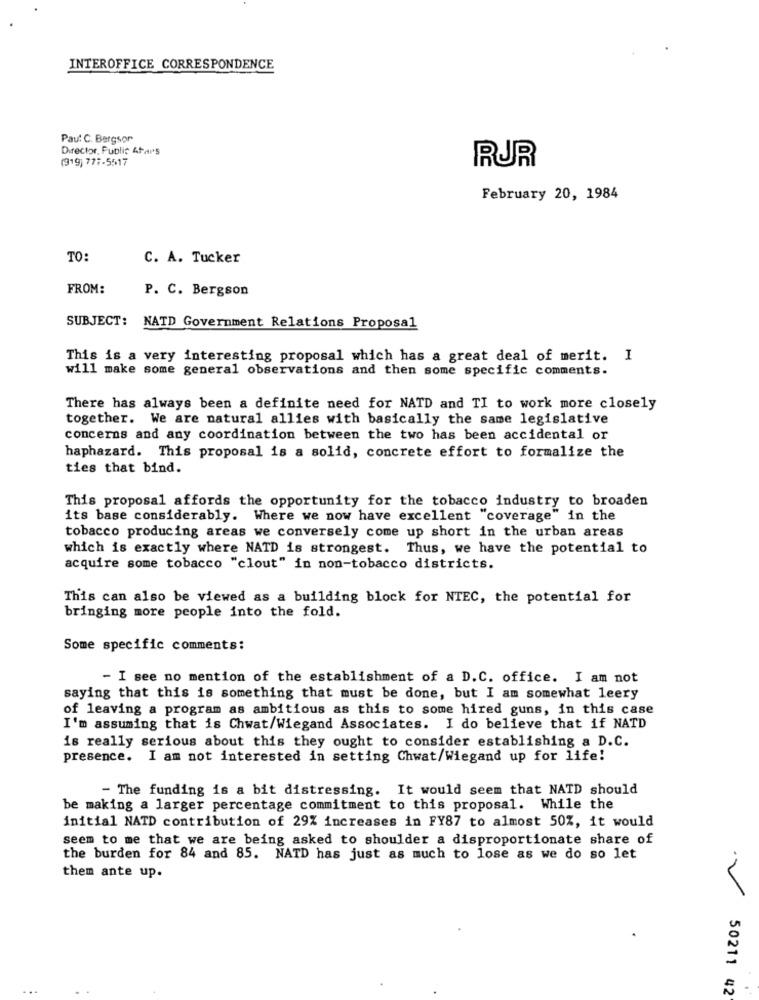
INTEROFFICE CORRESPONDENCE
Pau: C. Bergson
Director, Public 4Fars
(919) 777-5517
RUR
February 20, 1984
TO:
C. A. Tucker
FROM:
P. C. Bergson
SUBJECT: NATD Government Relations Proposal
This is a very interesting proposal which has a great deal of merit. I
will make some general observations and then some specific comments.
There has always been a definite need for NATD and TI to work more closely
together. We are natural allies with basically the same legislative
concerns and any coordination between the two has been accidental or
haphazard. This proposal is a solid, concrete effort to formalize the
ties that bind.
This proposal affords the opportunity for the tobacco industry to broaden
its base considerably. Where we now have excellent "coverage" in the
tobacco producing areas we conversely come up short in the urban areas
which is exactly where NATD is strongest. Thus, we have the potential to
acquire some tobacco "clout" in non-tobacco districts.
This can also be viewed as a building block for NTEC, the potential for
bringing more people into the fold.
Some specific comments:
- I see no mention of the establishment of a D.C. office. I am not
saying that this is something that must be done, but I am somewhat leery
of leaving a program as ambitious as this to some hired guns, in this case
I'm assuming that is Chwat/Wiegand Associates. I do believe that if NATD
is really serious about this they ought to consider establishing a D.C.
presence. I am not interested in setting Chwat/Wiegand up for life!
- The funding is a bit distressing. It would seem that NATD should
be making a larger percentage commitment to this proposal. While the
initial NATD contribution of 29% increases in FY87 to almost 50%, it would
seem to me that we are being asked to shoulder a disproportionate share of
the burden for 84 and 85. NATD has just as much to lose as we do so let
them ante up.
50211 42